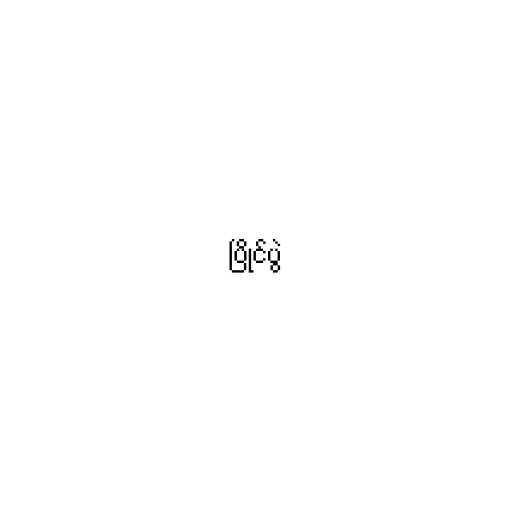
ပြိုင်ပွဲ